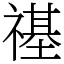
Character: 禥